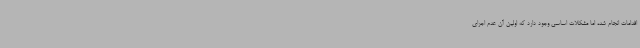
اقدامات انجام شده اما مشکلات اساسی وجود دارد که اولین آن عدم اجرای